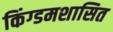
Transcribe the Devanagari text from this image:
किंग्डमशासित